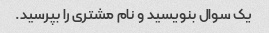
یک سوال بنویسید و نام مشتری را بپرسید.